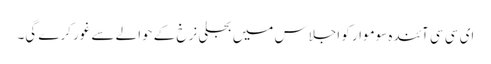
ای سی سی آئندہ سوموار کو اجلاس میں بجلی نرخ کے حوالے سے غور کرے گی۔